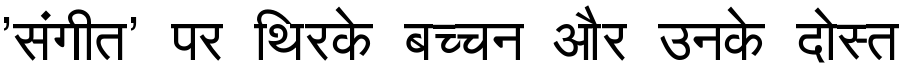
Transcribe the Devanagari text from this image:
'संगीत' पर थिरके बच्चन और उनके दोस्त